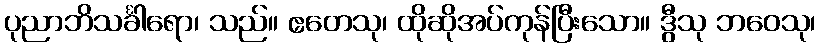
ပုညာဘိသင်္ခါရော၊ သည်။ ဧတေသု၊ ထိုဆိုအပ်ကုန်ပြီးသော။ ဒွီသု ဘဝေသု၊